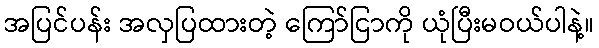
အပြင်ပန်း အလှပြထားတဲ့ ကြော်ငြာကို ယုံပြီးမဝယ်ပါနဲ့။